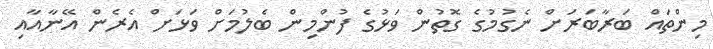
މިންތައް ބަރާބަރަށް ނެގުމުގެ ގޮތުން ވަޅުގެ ފުންމިން ބެލުމަށް ވަޅަށް އެރެން އޭނާއާއި